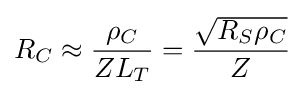
R_{C}\approx {\frac {\rho _{C}}{ZL_{T}}}={\frac {\sqrt {R_{S}\rho _{C}}}{Z}}